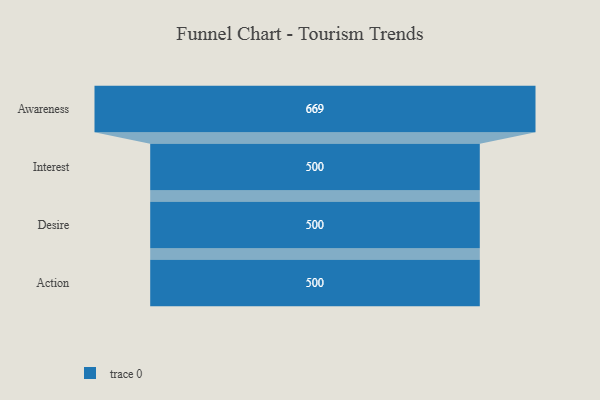
{"axis": {"x": "Stage", "y": "Value"}, "legend": [""], "data": [{"x": "Awareness", "y": 669.0, "type": ""}, {"x": "Interest", "y": 500, "type": ""}, {"x": "Desire", "y": 500, "type": ""}, {"x": "Action", "y": 500, "type": ""}]}